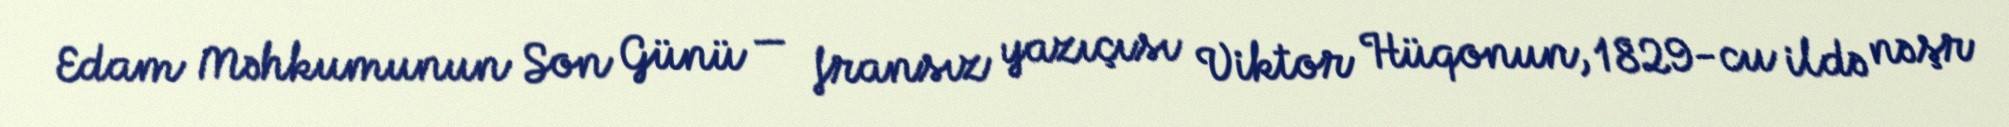
Edam Məhkumunun Son Günü — fransız yazıçısı Viktor Hüqonun, 1829-cu ildə nəşr